Lunatic asylums Central Provinces reports 1910-1926 - 1910-1926
Year: 1910
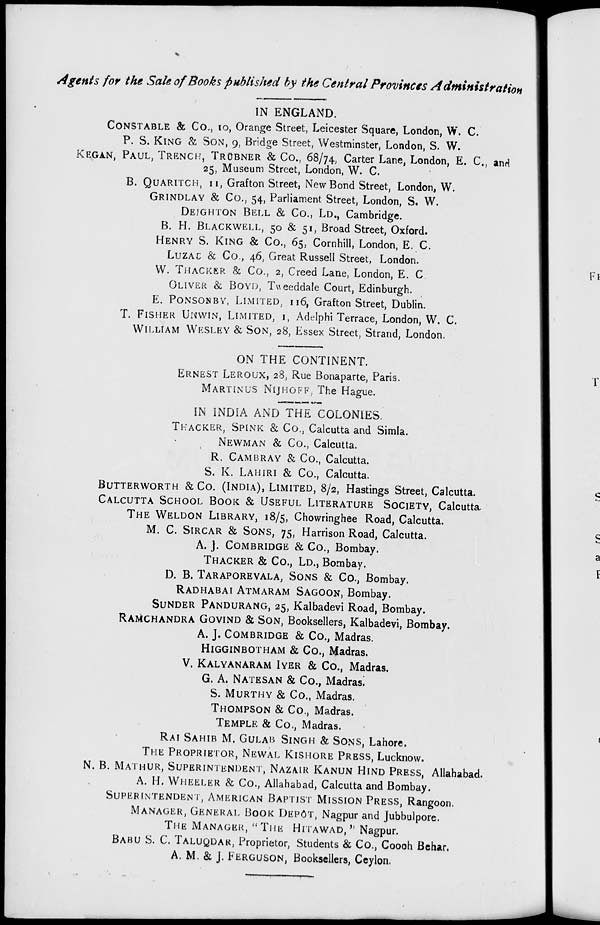
Agents for the Sale of Books published by the Central Provinces Administration
IN ENGLAND.
CONSTABLE & Co., 10, Orange Street, Leicester Square, London, W. C.
P. S. KING & SON, 9, Bridge Street, Westminster, London, S. W.
KEGAN, PAUL, TRENCH, TRÜBNER & Co., 68/74, Carter Lane, London, E. C., and
25, Museum Street, London, W. C.
B. QUARITCH, 11, Grafton Street, New Bond Street, London, W.
GRINDLAY & Co., 54, Parliament Street, London, S. W.
DEIGHTON BELL & Co., LD., Cambridge.
B. H. BLACKWELL, 50 & 51, Broad Street, Oxford.
HENRY S. KING & Co., 65, Cornhill, London, E. C.
LUZAC & Co., 46, Great Russell Street, London.
W. THACKER & Co., 2, Creed Lane, London, E. C.
OLIVER & BOYD, Tweeddale Court, Edinburgh.
E. PONSONBY, LIMITED, 116, Grafton Street, Dublin.
T. FISHER UNWIN, LIMITED, 1, Adelphi Terrace, London, W. C.
WILLIAM WESLEY & SON, 28, Essex Street, Strand, London.
ON THE CONTINENT.
ERNEST LEROUX, 28, Rue Bonaparte, Paris.
MARTINUS NIJHOFF, The Hague.
IN INDIA AND THE COLONIES.
THACKER, SPINK & Co., Calcutta and Simla.
NEWMAN & Co., Calcutta.
R. CAMBRAY & Co., Calcutta.
S. K. LAHIRI & Co., Calcutta.
BUTTERWORTH & Co., (INDIA), LIMITED, 8/2, Hastings Street, Calcutta.
CALCUTTA SCHOOL BOOK & USEFUL LITERATURE SOCIETY, Calcutta.
THE WELDON LIBRARY, 18/5, Chowringhee Road, Calcutta.
M. C. SIRCAR & SONS, 75, Harrison Road, Calcutta.
A. J. COMBRIDGE & Co., Bombay.
THACKER & Co., LD., Bombay.
D. B. TARAPOREVALA, SONS & Co., Bombay.
RADHABAI ATMARAM SAGOON, Bombay.
SUNDER PANDURANG, 25, Kalbadevi Road, Bombay.
RAMCHANDRA GOVIND & SON, Booksellers, Kalbadevi, Bombay.
A. J. COMBRIDGE & Co., Madras.
HIGGINBOTHAM & Co., Madras.
V. KALYANARAM IYER & Co., Madras.
G. A. NATESAN & Co., Madras.
S. MURTHY & Co., Madras.
THOMPSON & Co., Madras.
TEMPLE & Co., Madras.
RAI SAHIB M. GULAB SINGH & SONS, Lahore.
THE PROPRIETOR, NEWAL KISHORE PRESS, Lucknow.
N. B. MATHUR, SUPERINTENDENT, NAZAIR KANUN HIND PRESS, Allahabad.
A. H. WHEELER & Co., Allahabad, Calcutta and Bombay.
SUPERINTENDENT, AMERICAN BAPTIST MISSION PRESS, Rangoon.
MANAGER, GENERAL BOOK DEPÔT, Nagpur and Jubbulpore.
THE MANAGER, " THE HITAWAD, " Nagpur.
BABU S. C. TALUQDAR, Proprietor, Students & Co., Coooh Behar.
A. M. & J. FERGUSON, Booksellers, Ceylon.